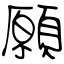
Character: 願